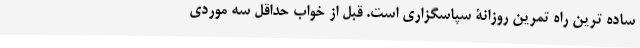
ساده ترین راه تمرین روزانۀ سپاسگزاری است. قبل از خواب حداقل سه موردی